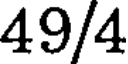
49/4